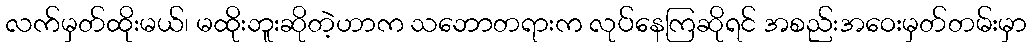
လက်မှတ်ထိုးမယ်၊ မထိုးဘူးဆိုတဲ့ဟာက သဘောတရားက လုပ်နေကြဆိုရင် အစည်းအဝေးမှတ်တမ်းမှာ